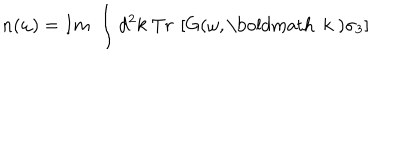
n ( \omega ) = I m \; \int d ^ { 2 } k \; T r \: \left[ G ( \omega , \mathrm { \boldmath ~ k ~ } ) \sigma _ { 3 } \right]